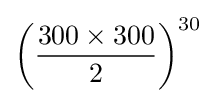
\left({\frac {300\times 300}{2}}\right)^{30}